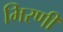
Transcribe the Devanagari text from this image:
भिरणी